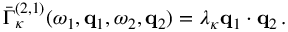
\bar { \Gamma } _ { \kappa } ^ { ( 2 , 1 ) } ( \omega _ { 1 } , { \bf q } _ { 1 } , \omega _ { 2 } , { \bf q } _ { 2 } ) = \lambda _ { \kappa } { \bf q } _ { 1 } \cdot { \bf q } _ { 2 } \, .